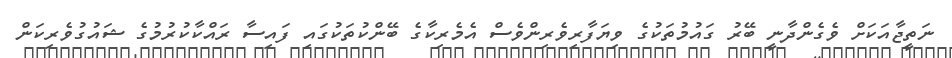
ނަތީޖާއަކަށް ވެގެންދާނީ ބޭރު ގައުމުތަކުގެ ވިޔަފާރިވެރިންވެސް އެމެރިކާގެ ބޭންކުތަކުގައި ފައިސާ ރައްކާކުރުމުގެ ޝައުގުވެރިކަން